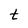
Character: t